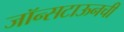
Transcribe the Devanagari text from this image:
जॉन्सटाऊनची